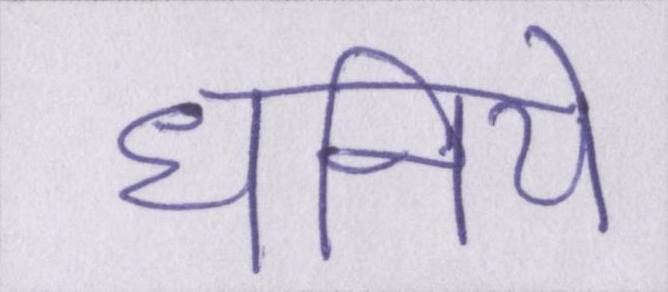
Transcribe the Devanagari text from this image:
धनिये